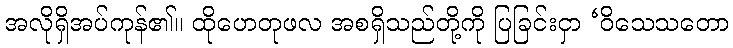
အလိုရှိအပ်ကုန်၏။ ထိုဟေတုဖလ အစရှိသည်တို့ကို ပြခြင်းငှာ ‘ဝိသေသတော